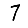
Digit: 7